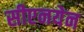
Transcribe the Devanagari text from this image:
सीएनयेन